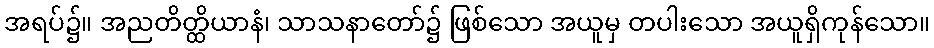
အရပ်၌။ အညတိတ္ထိယာနံ၊ သာသနာတော်၌ ဖြစ်သော အယူမှ တပါးသော အယူရှိကုန်သော။